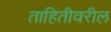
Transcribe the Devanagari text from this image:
ताहितीवरील